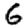
Digit: 6